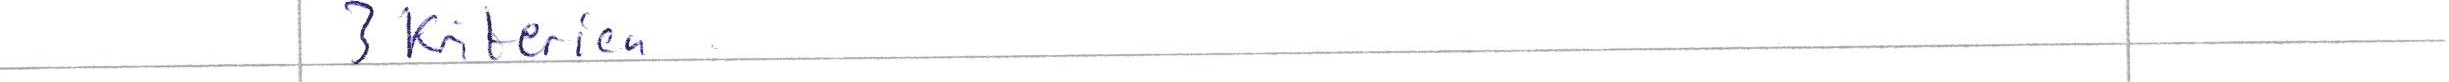
3 Kriterien